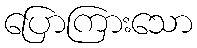
ပြောကြားသော